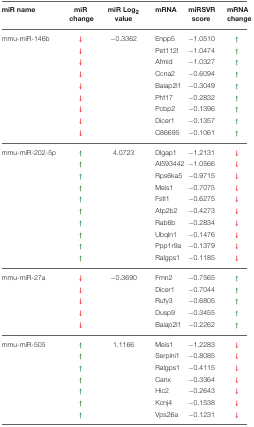
<table><thead><tr><td><b>miR name</b></td><td><b>miR change</b></td><td><b>miR Log<sub>2</sub> value</b></td><td><b>mRNA</b></td><td><b>miRSVR score</b></td><td><b>mRNA change</b></td></tr></thead><tbody><tr><td>mmu-miR-146b</td><td>↓</td><td>−0.3362</td><td>Enpp5</td><td>−1.0510</td><td>↑</td></tr><tr><td></td><td>↓</td><td></td><td>Pet112l</td><td>−1.0474</td><td>↑</td></tr><tr><td></td><td>↓</td><td></td><td>Afmid</td><td>−1.0327</td><td>↑</td></tr><tr><td></td><td>↓</td><td></td><td>Ccna2</td><td>−0.6094</td><td>↑</td></tr><tr><td></td><td>↓</td><td></td><td>Baiap2l1</td><td>−0.3049</td><td>↑</td></tr><tr><td></td><td>↓</td><td></td><td>Phf17</td><td>−0.2832</td><td>↑</td></tr><tr><td></td><td>↓</td><td></td><td>Pcbp2</td><td>−0.1396</td><td>↑</td></tr><tr><td></td><td>↓</td><td></td><td>Dicer1</td><td>−0.1357</td><td>↑</td></tr><tr><td></td><td>↓</td><td></td><td>C86695</td><td>−0.1061</td><td>↑</td></tr><tr><td>mmu-miR-202-5p</td><td>↑</td><td>4.0723</td><td>Dlgap1</td><td>−1.2131</td><td>↓</td></tr><tr><td></td><td>↑</td><td></td><td>AI593442</td><td>−1.0566</td><td>↓</td></tr><tr><td></td><td>↑</td><td></td><td>Rps6ka5</td><td>−0.9715</td><td>↓</td></tr><tr><td></td><td>↑</td><td></td><td>Meis1</td><td>−0.7075</td><td>↓</td></tr><tr><td></td><td>↑</td><td></td><td>Fstl1</td><td>−0.6275</td><td>↓</td></tr><tr><td></td><td>↑</td><td></td><td>Atp2b2</td><td>−0.4273</td><td>↓</td></tr><tr><td></td><td>↑</td><td></td><td>Rab6b</td><td>−0.2834</td><td>↓</td></tr><tr><td></td><td>↑</td><td></td><td>Ubqln1</td><td>−0.1476</td><td>↓</td></tr><tr><td></td><td>↑</td><td></td><td>Ppp1r9a</td><td>−0.1379</td><td>↓</td></tr><tr><td></td><td>↑</td><td></td><td>Ralgps1</td><td>−0.1185</td><td>↓</td></tr><tr><td>mmu-miR-27a</td><td>↓</td><td>−0.3690</td><td>Fmn2</td><td>−0.7565</td><td>↑</td></tr><tr><td></td><td>↓</td><td></td><td>Dicer1</td><td>−0.7044</td><td>↑</td></tr><tr><td></td><td>↓</td><td></td><td>Rufy3</td><td>−0.6805</td><td>↑</td></tr><tr><td></td><td>↓</td><td></td><td>Dusp9</td><td>−0.3455</td><td>↑</td></tr><tr><td></td><td>↓</td><td></td><td>Baiap2l1</td><td>−0.2262</td><td>↑</td></tr><tr><td>mmu-miR-505</td><td>↑</td><td>1.1166</td><td>Meis1</td><td>−1.2283</td><td>↓</td></tr><tr><td></td><td>↑</td><td></td><td>Serpini1</td><td>−0.8085</td><td>↓</td></tr><tr><td></td><td>↑</td><td></td><td>Ralgps1</td><td>−0.4115</td><td>↓</td></tr><tr><td></td><td>↑</td><td></td><td>Canx</td><td>−0.3364</td><td>↓</td></tr><tr><td></td><td>↑</td><td></td><td>Hic2</td><td>−0.2643</td><td>↓</td></tr><tr><td></td><td>↑</td><td></td><td>Kcnj4</td><td>−0.1538</td><td>↓</td></tr><tr><td></td><td>↑</td><td></td><td>Vps26a</td><td>−0.1231</td><td>↓</td></tr></tbody></table>